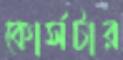
কোর্সটার